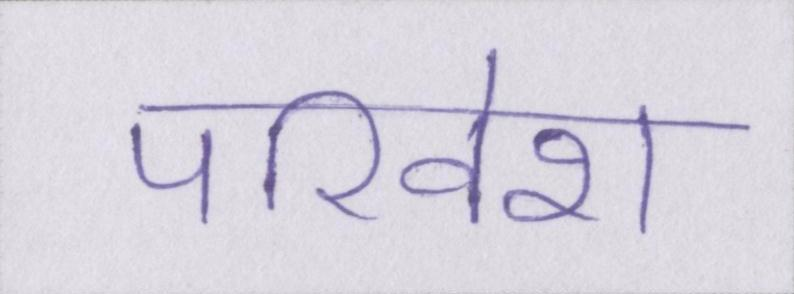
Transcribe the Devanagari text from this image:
परिवेश